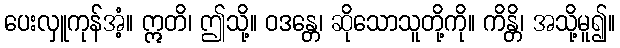
ပေးလှူကုန်အံ့။ ဣတိ၊ ဤသို့။ ဝဒန္တေ၊ ဆိုသောသူတို့ကို။ ကိန္တိ၊ အသို့မူ၍။